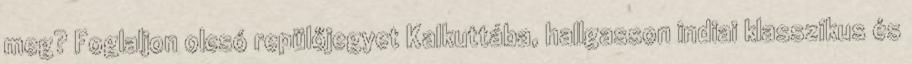
meg? Foglaljon olcsó repülőjegyet Kalkuttába, hallgasson indiai klasszikus és